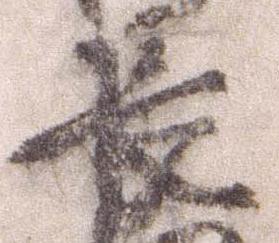
長